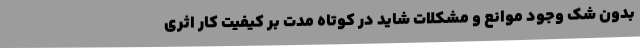
بدون شک وجود موانع و مشکلات شاید در کوتاه‌ مدت بر کیفیت کار اثری